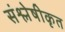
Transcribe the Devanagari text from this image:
संश्लेषीकृत